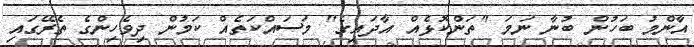
އާންމު ބަހުން ބުނާ ނަމަ "ތަންކޮޅެއް އާދައިގެ" މަސައްކަތެއް ކަމުން ދިވެހިންގެ ތެރޭގައި